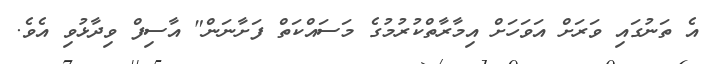
އެ ތަނުގައި ވަރަށް އަވަހަށް އިމާރާތްކުރުމުގެ މަސައްކަތް ފަށާނަން" އާސިފް ވިދާޅުވި އެވެ.